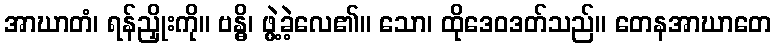
အာဃာတံ၊ ရန်ညှိုးကို။ ဗန္ဓိ၊ ဖွဲ့ခဲ့လေ၏။ သော၊ ထိုဒေဝဒတ်သည်။ တေနအာဃာတေ